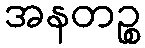
အနတဉ္စ